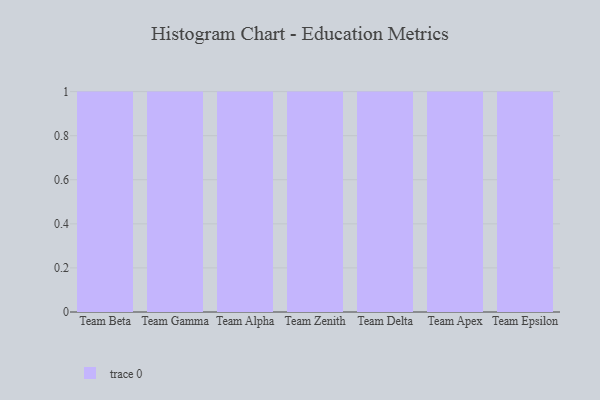
{"axis": {"x": "Team", "y": "Backlog"}, "legend": [""], "data": [{"x": "Team Beta", "y": 63, "type": ""}, {"x": "Team Gamma", "y": 86, "type": ""}, {"x": "Team Alpha", "y": 45, "type": ""}, {"x": "Team Zenith", "y": 49, "type": ""}, {"x": "Team Delta", "y": 22, "type": ""}, {"x": "Team Apex", "y": 56, "type": ""}, {"x": "Team Epsilon", "y": 47, "type": ""}]}